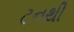
ટનથી